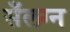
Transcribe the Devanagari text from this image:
सँलग्न